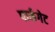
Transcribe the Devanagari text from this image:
पार्कगेट